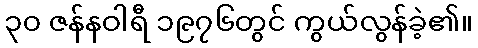
၃၀ ဇန်နဝါရီ ၁၉၇၆တွင် ကွယ်လွန်ခဲ့၏။